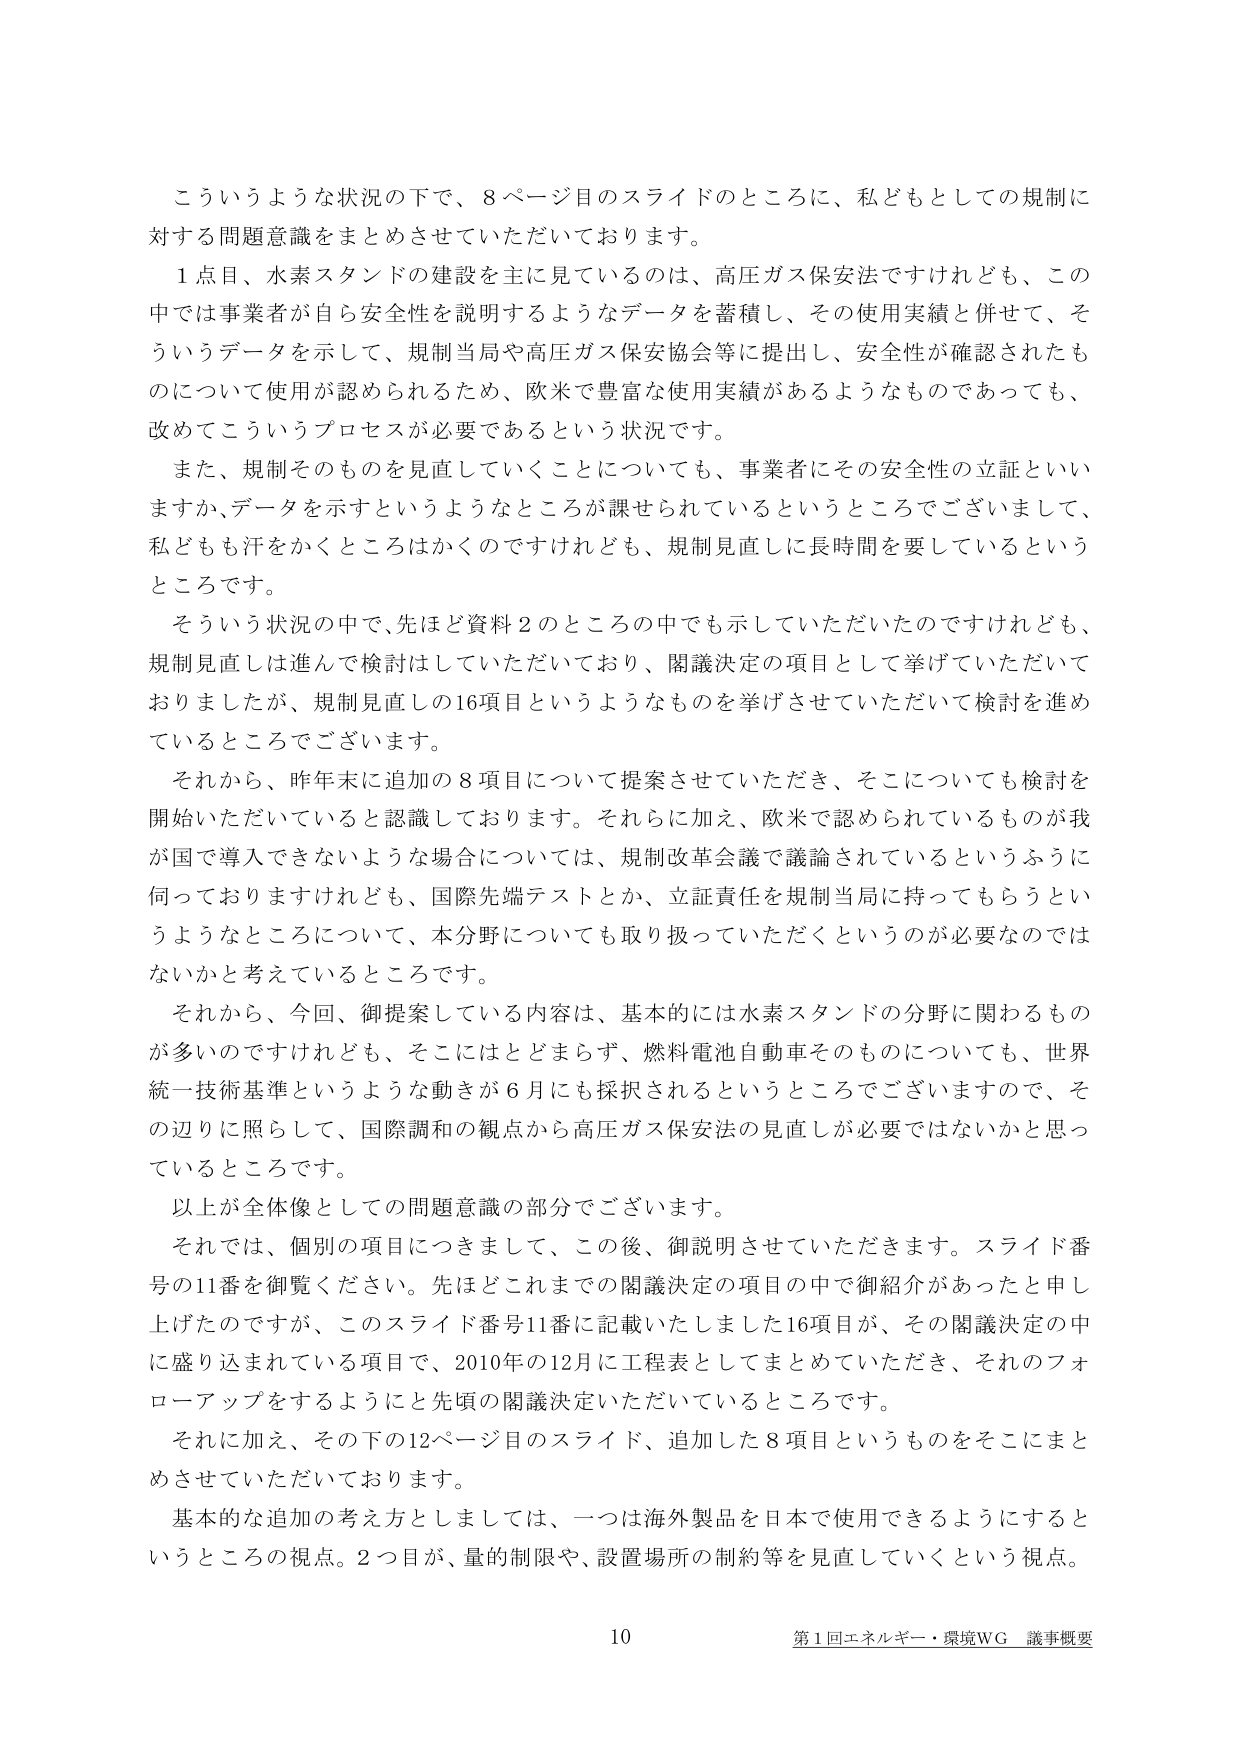
こういうような状況の下で、8ページ目のスライドのところに、私どもとしての規制に対する問題意識をまとめさせていただいております。

1点目、水素スタンドの建設を主に見ているのは、高圧ガス保安法ですけれども、この中では事業者が自ら安全性を説明するようなデータを蓄積し、その使用実績と併せて、そういうデータを示して、規制当局や高圧ガス保安協会等に提出し、安全性が確認されたものについて使用が認められるため、欧米で豊富な使用実績があるようなものであっても、改めてこういうプロセスが必要であるという状況です。

また、規制そのものを見直していくことについても、事業者にその安全性の立証といいますか、データを示すというようなところが課せられているというところでございまして、私どもも汗をかくところはかくのですけれども、規制見直しに長時間を要しているというところです。

そういう状況の中で、先ほど資料2のところの中でも示していただいたのですけれども、規制見直しは進んで検討はしていただいており、閣議決定の項目として挙げていただいておりましたが、規制見直しの16項目というようなものを挙げさせていただいて検討を進めているところでございます。

それから、昨年末に追加の8項目について提案させていただき、そこについても検討を開始いただいていると認識しております。それらに加え、欧米で認められているものが我が国で導入できないような場合については、規制改革会議で議論されているというふうに伺っておりますけれども、国際先端テストとか、立証責任を規制当局に持ってもらうというようなところについて、本分野についても取り扱っていただくというのが必要なのではないかと考えているところです。

それから、今回、御提案している内容は、基本的には水素スタンドの分野に関わるものが多いのですけれども、そこにはとどまらず、燃料電池自動車そのものについても、世界統一技術基準というような動きが6月にも採択されるというところでございますので、その辺りに照らして、国際調和の観点から高圧ガス保安法の見直しが必要ではないかと思っているところです。

以上が全体像としての問題意識の部分でございます。

それでは、個別の項目につきまして、この後、御説明させていただきます。スライド番号の11番を御覧ください。先ほどこれまでの閣議決定の項目の中で御紹介があったと申し上げたのですが、このスライド番号11番に記載いたしました16項目が、その閣議決定の中に盛り込まれている項目で、2010年の12月に工程表としてまとめていただき、それのフォローアップをするようにと先頃の閣議決定いただいているところです。

それに加え、その下の12ページ目のスライド、追加した8項目というものをそこにまとめさせていただいております。

基本的な追加の考え方としましては、一つは海外製品を日本で使用できるようにするというところの視点。2つ目が、量的制限や、設置場所の制約等を見直していくという視点。

10
第1回エネルギー・環境WG 議事概要